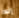
إنها